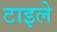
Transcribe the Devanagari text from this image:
टाइले